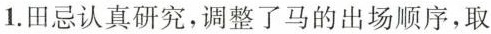
1. 田忌认真研究，调整了马的出场顺序，取